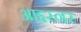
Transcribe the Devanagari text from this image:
आइस्नर